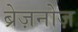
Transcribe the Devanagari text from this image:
ब्रेज़नोज़